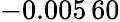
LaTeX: -0.005\, 60